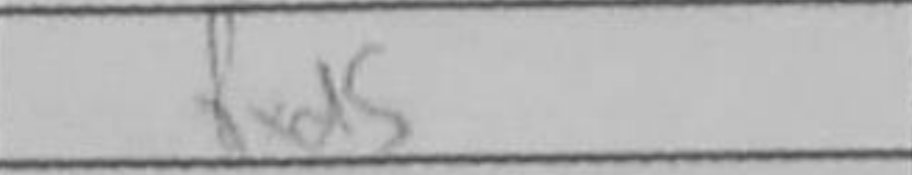
Transcription: Rxd5